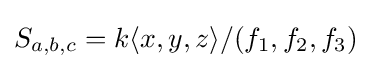
S_{a,b,c}=k\langle x,y,z\rangle /(f_{1},f_{2},f_{3})